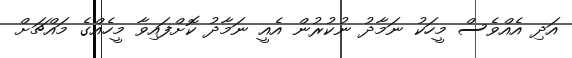
އަދި އެއްވެސް މީހަކު ނަމާދު ނުކުރުން އެއީ ނަމާދު ކޮށްފައިވާ މީހެއްގެ މައްޗަށް